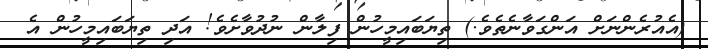
(އެއުރެންނަށް އަންގަވާނެތެވެ.) ތިޔަބައިމީހުން ފިލާން ނުދުވާށެވެ! އަދި ތިޔަބައިމީހުން އެ